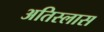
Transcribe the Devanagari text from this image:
अतिस्लास